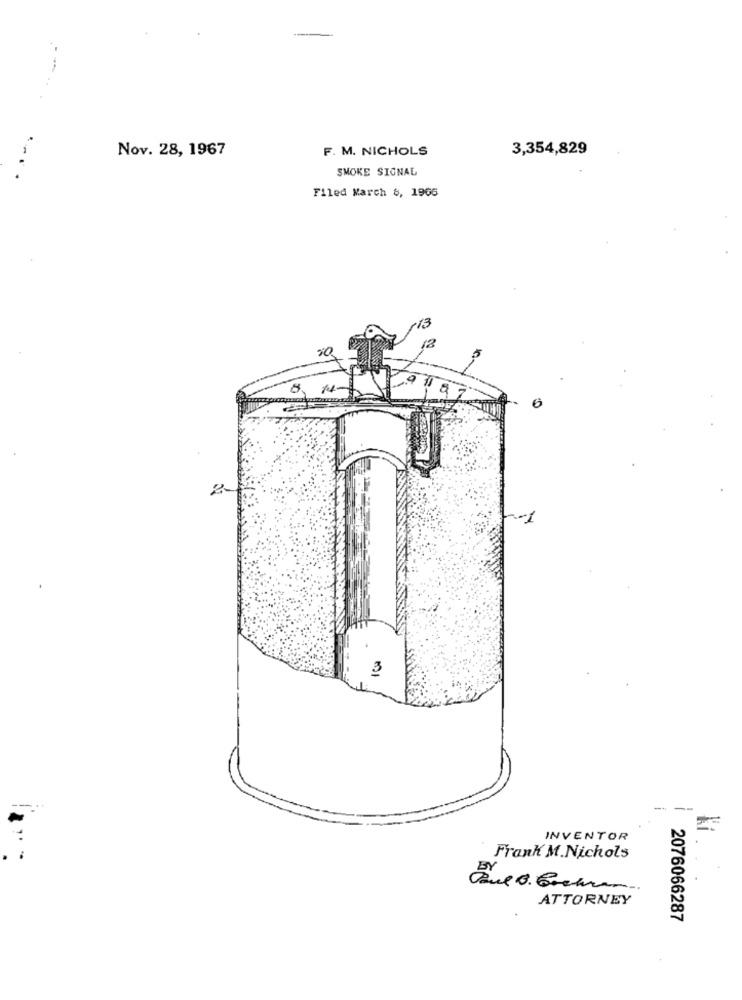
Nov. 28, 1967
F. M. NICHOLS
3,354,829
...
SMOKE SIONAL
Filed March &, 1966
3
INVENTOR
Frank M. Nichols
ATTORNEY
2076066287